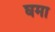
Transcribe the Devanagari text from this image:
घमा